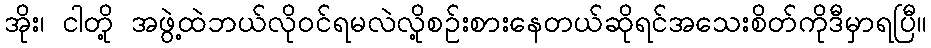
အိုး၊ ငါတို့ အဖွဲ့ထဲဘယ်လိုဝင်ရမလဲလို့စဉ်းစားနေတယ်ဆိုရင်အသေးစိတ်ကိုဒီမှာရပြီ။